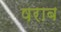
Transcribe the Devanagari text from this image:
षराब